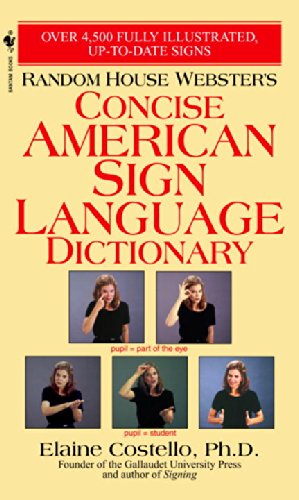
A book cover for Random House Webster's Concise American Sign Language Dictionary; Elaine Costello; Reference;